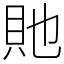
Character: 貤